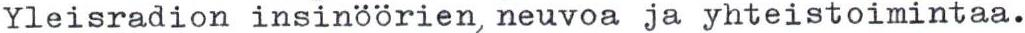
Yleisradion insinöörien, neuvoa ja yhteistoimintaa.